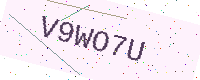
Text: V9WO7U